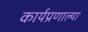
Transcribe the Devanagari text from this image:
कार्यप्रणाल्या